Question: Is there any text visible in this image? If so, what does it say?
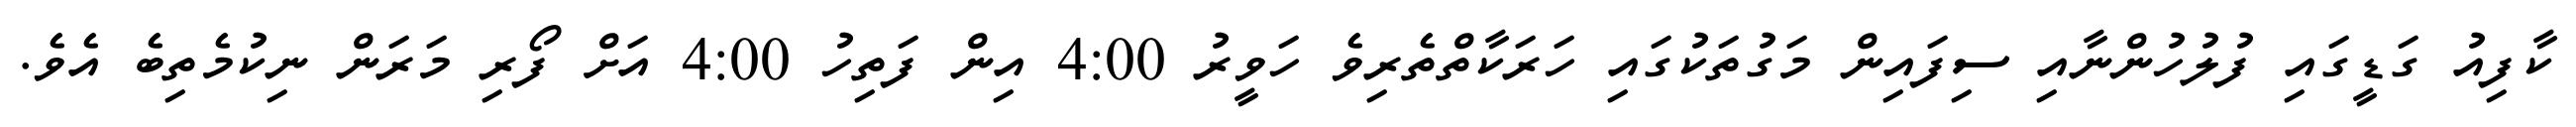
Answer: ކާފިއު ގަޑީގައި ފުލުހުންނާއި ސިފައިން މަގުތަކުގައި ހަރަކާތްތެރިވެ ހަވީރު 4:00 އިން ފަތިހު 4:00 އަށް ފޯރި މަރަން ނިކުމެތިބެ އެވެ.